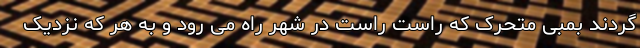
‌گردند بمبی متحرک که راست راست در شهر راه می رود و به هر که نزدیک